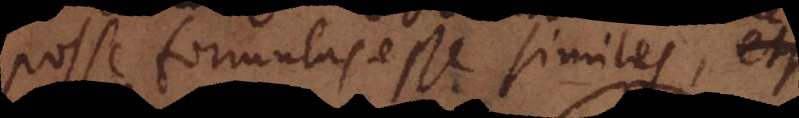
posse formulas esse similes,